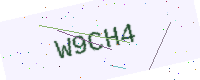
Text: W9CH4